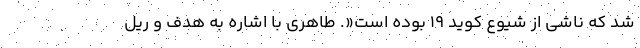
شد که ناشی از شیوع کوید 19 بوده است«. طاهری با اشاره به هدف و ریل